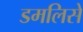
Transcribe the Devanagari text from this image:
डमलिसे